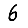
Digit: 6